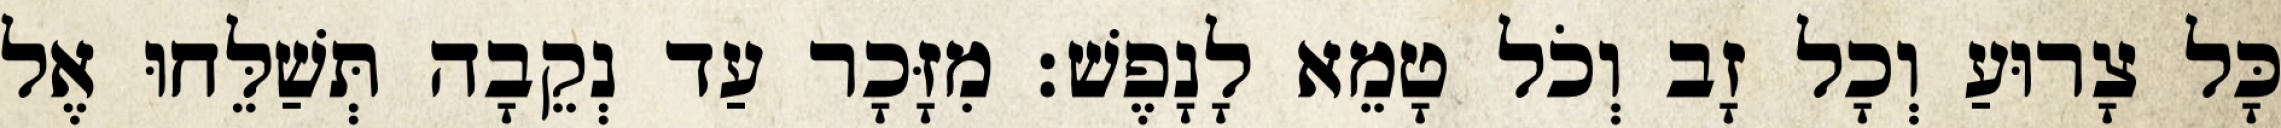
כָּל צָרוּעַ וְכָל זָב וְכֹל טָמֵא לָנָפֶשׁ׃ מִזָּכָר עַד נְקֵבָה תְּשַׁלֵּחוּ אֶל